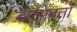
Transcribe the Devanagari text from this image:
डोलावतो